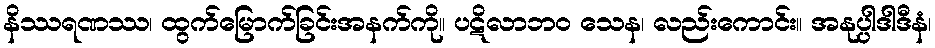
နိဿရဏဿ၊ ထွက်မြောက်ခြင်းအနက်ကို။ ပဋိလာဘဝ သေန၊ လည်းကောင်း။ အနုပ္ပါဒါဒီနံ၊